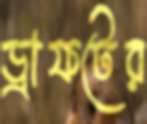
ড্রাফটের